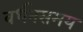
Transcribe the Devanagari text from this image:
वर्धनसमय